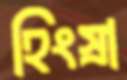
হিংস্রা